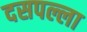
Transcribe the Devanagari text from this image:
दसपल्ला